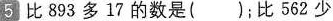
5 比893多17的数是()；比562少